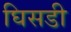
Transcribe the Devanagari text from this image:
घिसडी